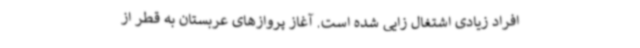
افراد زیادی اشتغال زایی شده است. آغاز پروازهای عربستان به قطر از